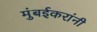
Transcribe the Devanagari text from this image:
मुंबईकरांनी